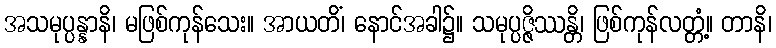
အသမုပ္ပန္နာနိ၊ မဖြစ်ကုန်သေး။ အာယတိံ၊ နောင်အခါ၌။ သမုပ္ပဇ္ဇိဿန္တိ၊ ဖြစ်ကုန်လတ္တံ့။ တာနိ၊